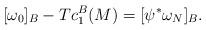
LaTeX: \begin{align*}\lbrack\omega_{0}]_{B}-Tc_{1}^{B}(M)=[\psi^{\ast}\omega_{N}]_{B}.\end{align*}